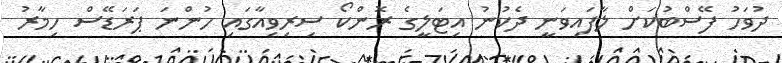
ދުވަހު ފޭސްބުކަށް ލާފައިވަނީ ދެކުނު އިޓަލީގެ ރޮންކޯ ސިރިވިއާގައި ހުންނަ ޕަރަޑޭސް ހިމާރު